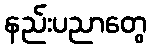
နည်းပညာတွေ